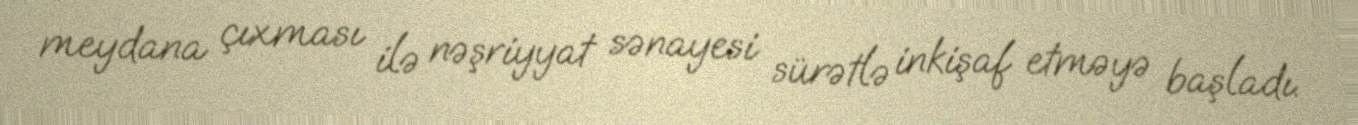
meydana çıxması ilə nəşriyyat sənayesi sürətlə inkişaf etməyə başladı.